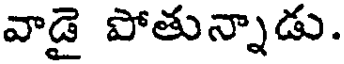
వాడై పోతున్నాడు.